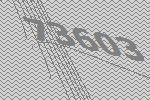
73603